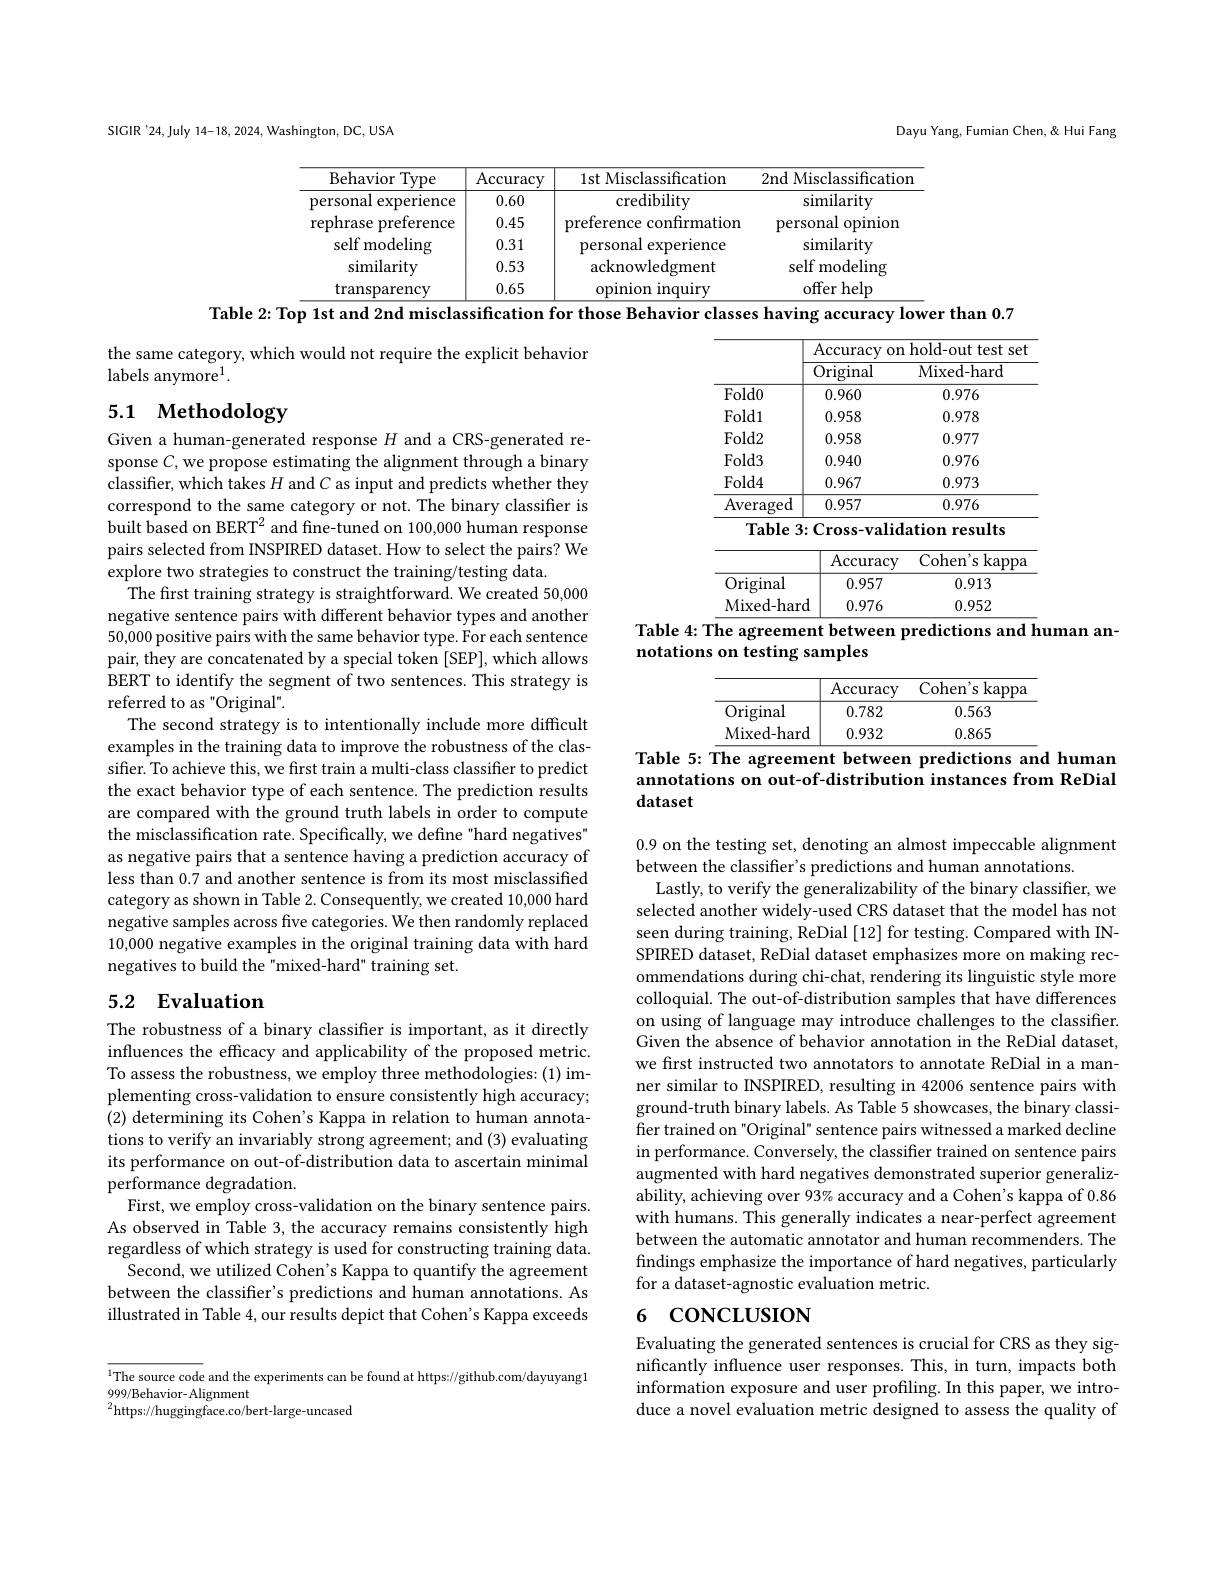
SIGIR'24,July 14-18, 2024, Washington, DC, USA

Dayu Yang, Fumian Chen, & Hui Fang

<table>
	<tbody>
		<tr>
			<th>Behavio</th>
			<th>Type</th>
			<th>1st Misclassification</th>
			<th>2nd Misclassification</th>
		</tr>
		<tr>
			<td>personal $ex$</td>
			<td>erience</td>
			<td>credibility</td>
			<td>similarity</td>
		</tr>
		<tr>
			<td>rephrase $pr$</td>
			<td>eference</td>
			<td>reference confirmation</td>
			<td>personal opiniom</td>
		</tr>
		<tr>
			<td>self mod</td>
			<td>eling</td>
			<td>personal ${\mathrm{experience}}$</td>
			<td>similarity</td>
		</tr>
		<tr>
			<td>simila</td>
			<td>ity</td>
			<td>acknowledgment</td>
			<td>self modeling</td>
		</tr>
		<tr>
			<td>transpa</td>
			<td>ency</td>
			<td>opinion inquiry</td>
			<td>offer help</td>
		</tr>
	</tbody>
</table>
${\mathrm{accuracy}}$

the same category, which would not require the explicit behavior
labels anymore$^1.$

## 5.1 Methodology

<table>
	<tbody>
		<tr>
			<th> </th>
			<th colspan="2">Accuracy on hold-out test set</th>
		</tr>
		<tr>
			<th> </th>
			<th>Original</th>
			<th>Mixed- hard</th>
		</tr>
		<tr>
			<td>$Fold0$</td>
			<td>0.960</td>
			<td>0.976</td>
		</tr>
		<tr>
			<td>$Fold1$</td>
			<td>0.958</td>
			<td>0.978</td>
		</tr>
		<tr>
			<td>$Fold2$</td>
			<td>0.958</td>
			<td>0.977</td>
		</tr>
		<tr>
			<td>$Fold3$</td>
			<td>0.940</td>
			<td>0.976</td>
		</tr>
		<tr>
			<td>$Fold4$</td>
			<td>0.967</td>
			<td>0.973</td>
		</tr>
		<tr>
			<td>$\operatorname{Averaged}$</td>
			<td>0.957</td>
			<td>0.976</td>
		</tr>
	</tbody>
</table>
${\mathrm{Table~3:Cross-validation~results}}$

<table>
	<tbody>
		<tr>
			<th> </th>
			<th>$\operatorname{Accuracy}$</th>
			<th>$\overline{{\mathrm{Cohen's~kappa}}}$</th>
		</tr>
		<tr>
			<td>Original</td>
			<td>0.957</td>
			<td>0.913</td>
		</tr>
		<tr>
			<td>Original</td>
			<td>0.957</td>
			<td>0.913</td>
		</tr>
		<tr>
			<td>Mixed- hard</td>
			<td>0.976</td>
			<td>0.952</td>
		</tr>
	</tbody>
</table>
Table 4: The agreement between predictions and human an-

notations on testing samples

Given a human-generated response $H$ and a CRS-generated response $C$,we propose estimating the alignment through a binary classifier, which takes $H$ and $C$ as input and predicts whether they correspond to the same category or not. The binary classifier is built based on BERT$^2$ and fine-tuned on 100,000 human response pairs selected from INSPIRED dataset. How to select the pairs? We explore two strategies to construct the training/testing data.
The first training strategy is straightforward. We created 50,000 negative sentence pairs with different behavior types and another 50,000 positive pairs with the same behavior type. For each sentence pair, they are concatenated by a special token [SEP], which allows BERT to identify the segment of two sentences. This strategy is referred to as"Original".
The second strategy is to intentionally include more difficult examples in the training data to improve the robustness of the classifer. To achieve this, we first train a multi-class classifier to predict the exact behavior type of each sentence. The prediction results are compared with the ground truth labels in order to compute the misclassification rate. Specifically, we define "hard negatives" as negative pairs that a sentence having a prediction accuracy of less than 0.7 and another sentence is from its most misclassified category as shown in Table 2. Consequently, we created 10,000 hard negative samples across five categories. We then randomly replaced 10,000 negative examples in the original training data with hard negatives to build the"mixed-hard" training set.

<table>
	<tbody>
		<tr>
			<th> </th>
			<th>$\operatorname{Accuracy}$</th>
			<th>$\overline{{\mathrm{Cohen's~kappa}}}$</th>
		</tr>
		<tr>
			<td>Original</td>
			<td>0.782</td>
			<td>0.563</td>
		</tr>
		<tr>
			<td>Mixed- hard</td>
			<td>0.932</td>
			<td>0.865</td>
		</tr>
	</tbody>
</table>
Table 5: The agreement between predictions and human

annotations on out-of-distribution instances from ReDial
dataset

## 5.2 Evaluation

0.9 on the testing set, denoting an almost impeccable alignment
between the classifier's predictions and human annotations
Lastly, to verify the generalizability of the binary classifier, we selected another widely-used CRS dataset that the model has not seen during training, ReDial [12] for testing. Compared with INSPIRED dataset, ReDial dataset emphasizes more on making recommendations during chi-chat, rendering its linguistic style more colloquial. The out-of-distribution samples that have differences on using of language may introduce challenges to the classiffer. Given the absence of behavior annotation in the ReDial dataset, we first instructed two annotators to annotate ReDial in a manner similar to INSPIRED, resulting in 42006 sentence pairs with ground-truth binary labels. As Table 5 showcases, the binary classifer trained on "Original" sentence pairs witnessed a marked decline in performance. Conversely, the classifier trained on sentence pairs augmented with hard negatives demonstrated superior generalizability, achieving over 93% accuracy and a Cohen's kappa of 0.86 with humans. This generally indicates a near-perfect agreement between the automatic annotator and human recommenders. The findings emphasize the importance of hard negatives, particularly for a dataset-agnostic evaluation metric.

The robustness of a binary classifier is important, as it directly influences the efficacy and applicability of the proposed metric. To assess the robustness, we employ three methodologies:(1) implementing cross-validation to ensure consistently high accuracy; (2) determining its Cohen's Kappa in relation to human annotations to verify an invariably strong agreement; and (3) evaluating its performance on out-of-distribution data to ascertain minimal performance degradation.
First, we employ cross-validation on the binary sentence pairs. As observed in Table 3, the accuracy remains consistently high regardless of which strategy is used for constructing training data.
Second, we utilized Cohen's Kappa to quantify the agreement between the classifer's predictions and human annotations. As illustrated in Table 4, our results depict that Cohen's Kappa exceeds

### 6 CONCLUSION

Evaluating the generated sentences is crucial for CRS as they significantly influence user responses. This, in turn, impacts both information exposure and user profiling. In this paper, we introduce a novel evaluation metric designed to assess the quality of

$^{1}$The source code and the experiments can be found at https://github.com/dayuyang1
999/Behavior- Alignment
$^{2}$https://huggingface.co/bert-large-uncased